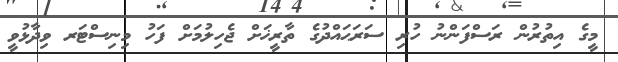
މީގެ އިތުރުން ރަސްފަންނު ހުރި ސަރަޙައްދުގެ ތާރީޚަށް ޖެހިލުމަށް ފަހު މިނިސްޓަރ ވިދާޅުވީ